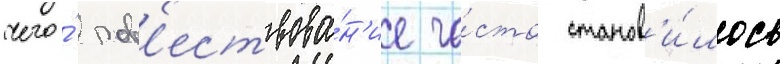
чего́ пов'ествова́н'ие ча́сто станов'и́лось